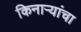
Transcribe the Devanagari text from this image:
किनाऱ्‍यांचा